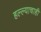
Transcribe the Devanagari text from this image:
हल्ल्याचाही